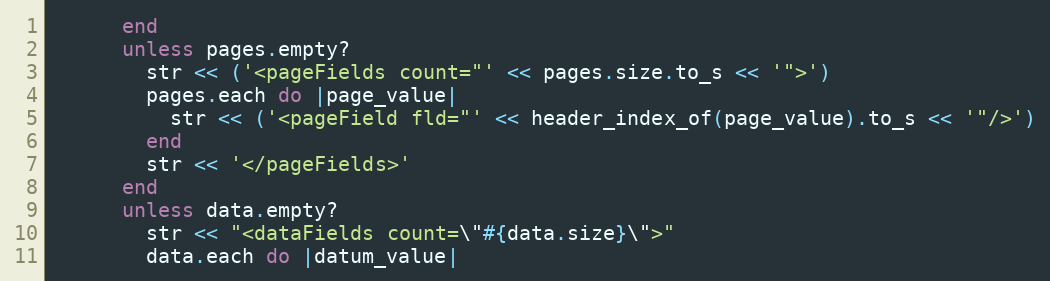
Language: Ruby
      end
      unless pages.empty?
        str << ('<pageFields count="' << pages.size.to_s << '">')
        pages.each do |page_value|
          str << ('<pageField fld="' << header_index_of(page_value).to_s << '"/>')
        end
        str << '</pageFields>'
      end
      unless data.empty?
        str << "<dataFields count=\"#{data.size}\">"
        data.each do |datum_value|